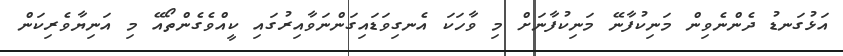
އަޅުގަނޑު ދެންނެވިން މަނިކުފާނޭ މަނިކުފާނަށް މި ވާހަކަ އެނގިވަޑައިގަންނަވާއިރުގައި ކީއްވެގެންތޯއޭ މި އަނިޔާވެރިކަން